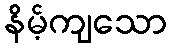
နိမ့်ကျသော